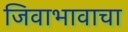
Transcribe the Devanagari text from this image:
जिवाभावाचा